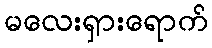
မလေးရှားရောက်